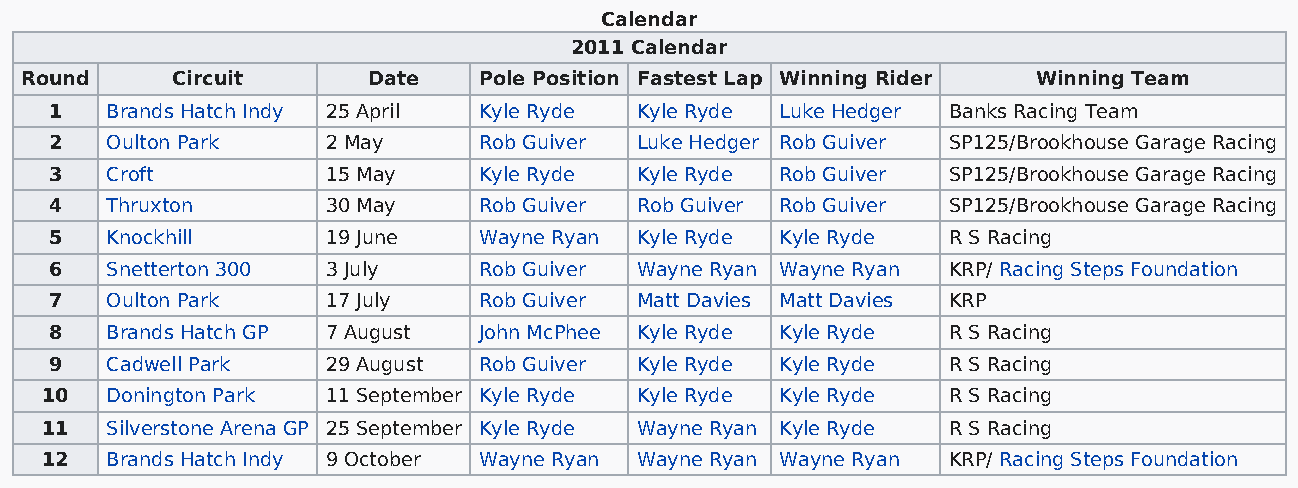
Calendar
 2011 Calendar
 Round     Circuit      Date    Pole Position Fastest Lap Winning Rider Winning Team
 1   Brands Hatch Indy 25 April Kyle Ryde Kyle Ryde Luke Hedger Banks Racing Team
 2   Oulton Park    2 May     Rob Guiver Luke Hedger Rob Guiver SP125/Brookhouse Garage Racing
 3   Croft          15 May    Kyle Ryde Kyle Ryde Rob Guiver SP125/Brookhouse Garage Racing
 4   Thruxton       30 May    Rob Guiver Rob Guiver Rob Guiver SP125/Brookhouse Garage Racing
 5   Knockhill      19 June   Wayne Ryan Kyle Ryde Kyle Ryde R S Racing
 6   Snetterton 300 3 July    Rob Guiver Wayne Ryan Wayne Ryan KRP/ Racing Steps Foundation
 7   Oulton Park    17 July   Rob Guiver Matt Davies Matt Davies KRP
 8   Brands Hatch GP 7 August John McPhee Kyle Ryde Kyle Ryde R S Racing
 9   Cadwell Park   29 August Rob Guiver Kyle Ryde Kyle Ryde R S Racing
 10  Donington Park 11 September Kyle Ryde Kyle Ryde Kyle Ryde R S Racing
 11  Silverstone Arena GP 25 September Kyle Ryde Wayne Ryan Kyle Ryde R S Racing
 12  Brands Hatch Indy 9 October Wayne Ryan Wayne Ryan Wayne Ryan KRP/ Racing Steps Foundation